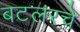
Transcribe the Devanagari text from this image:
बटलरचे